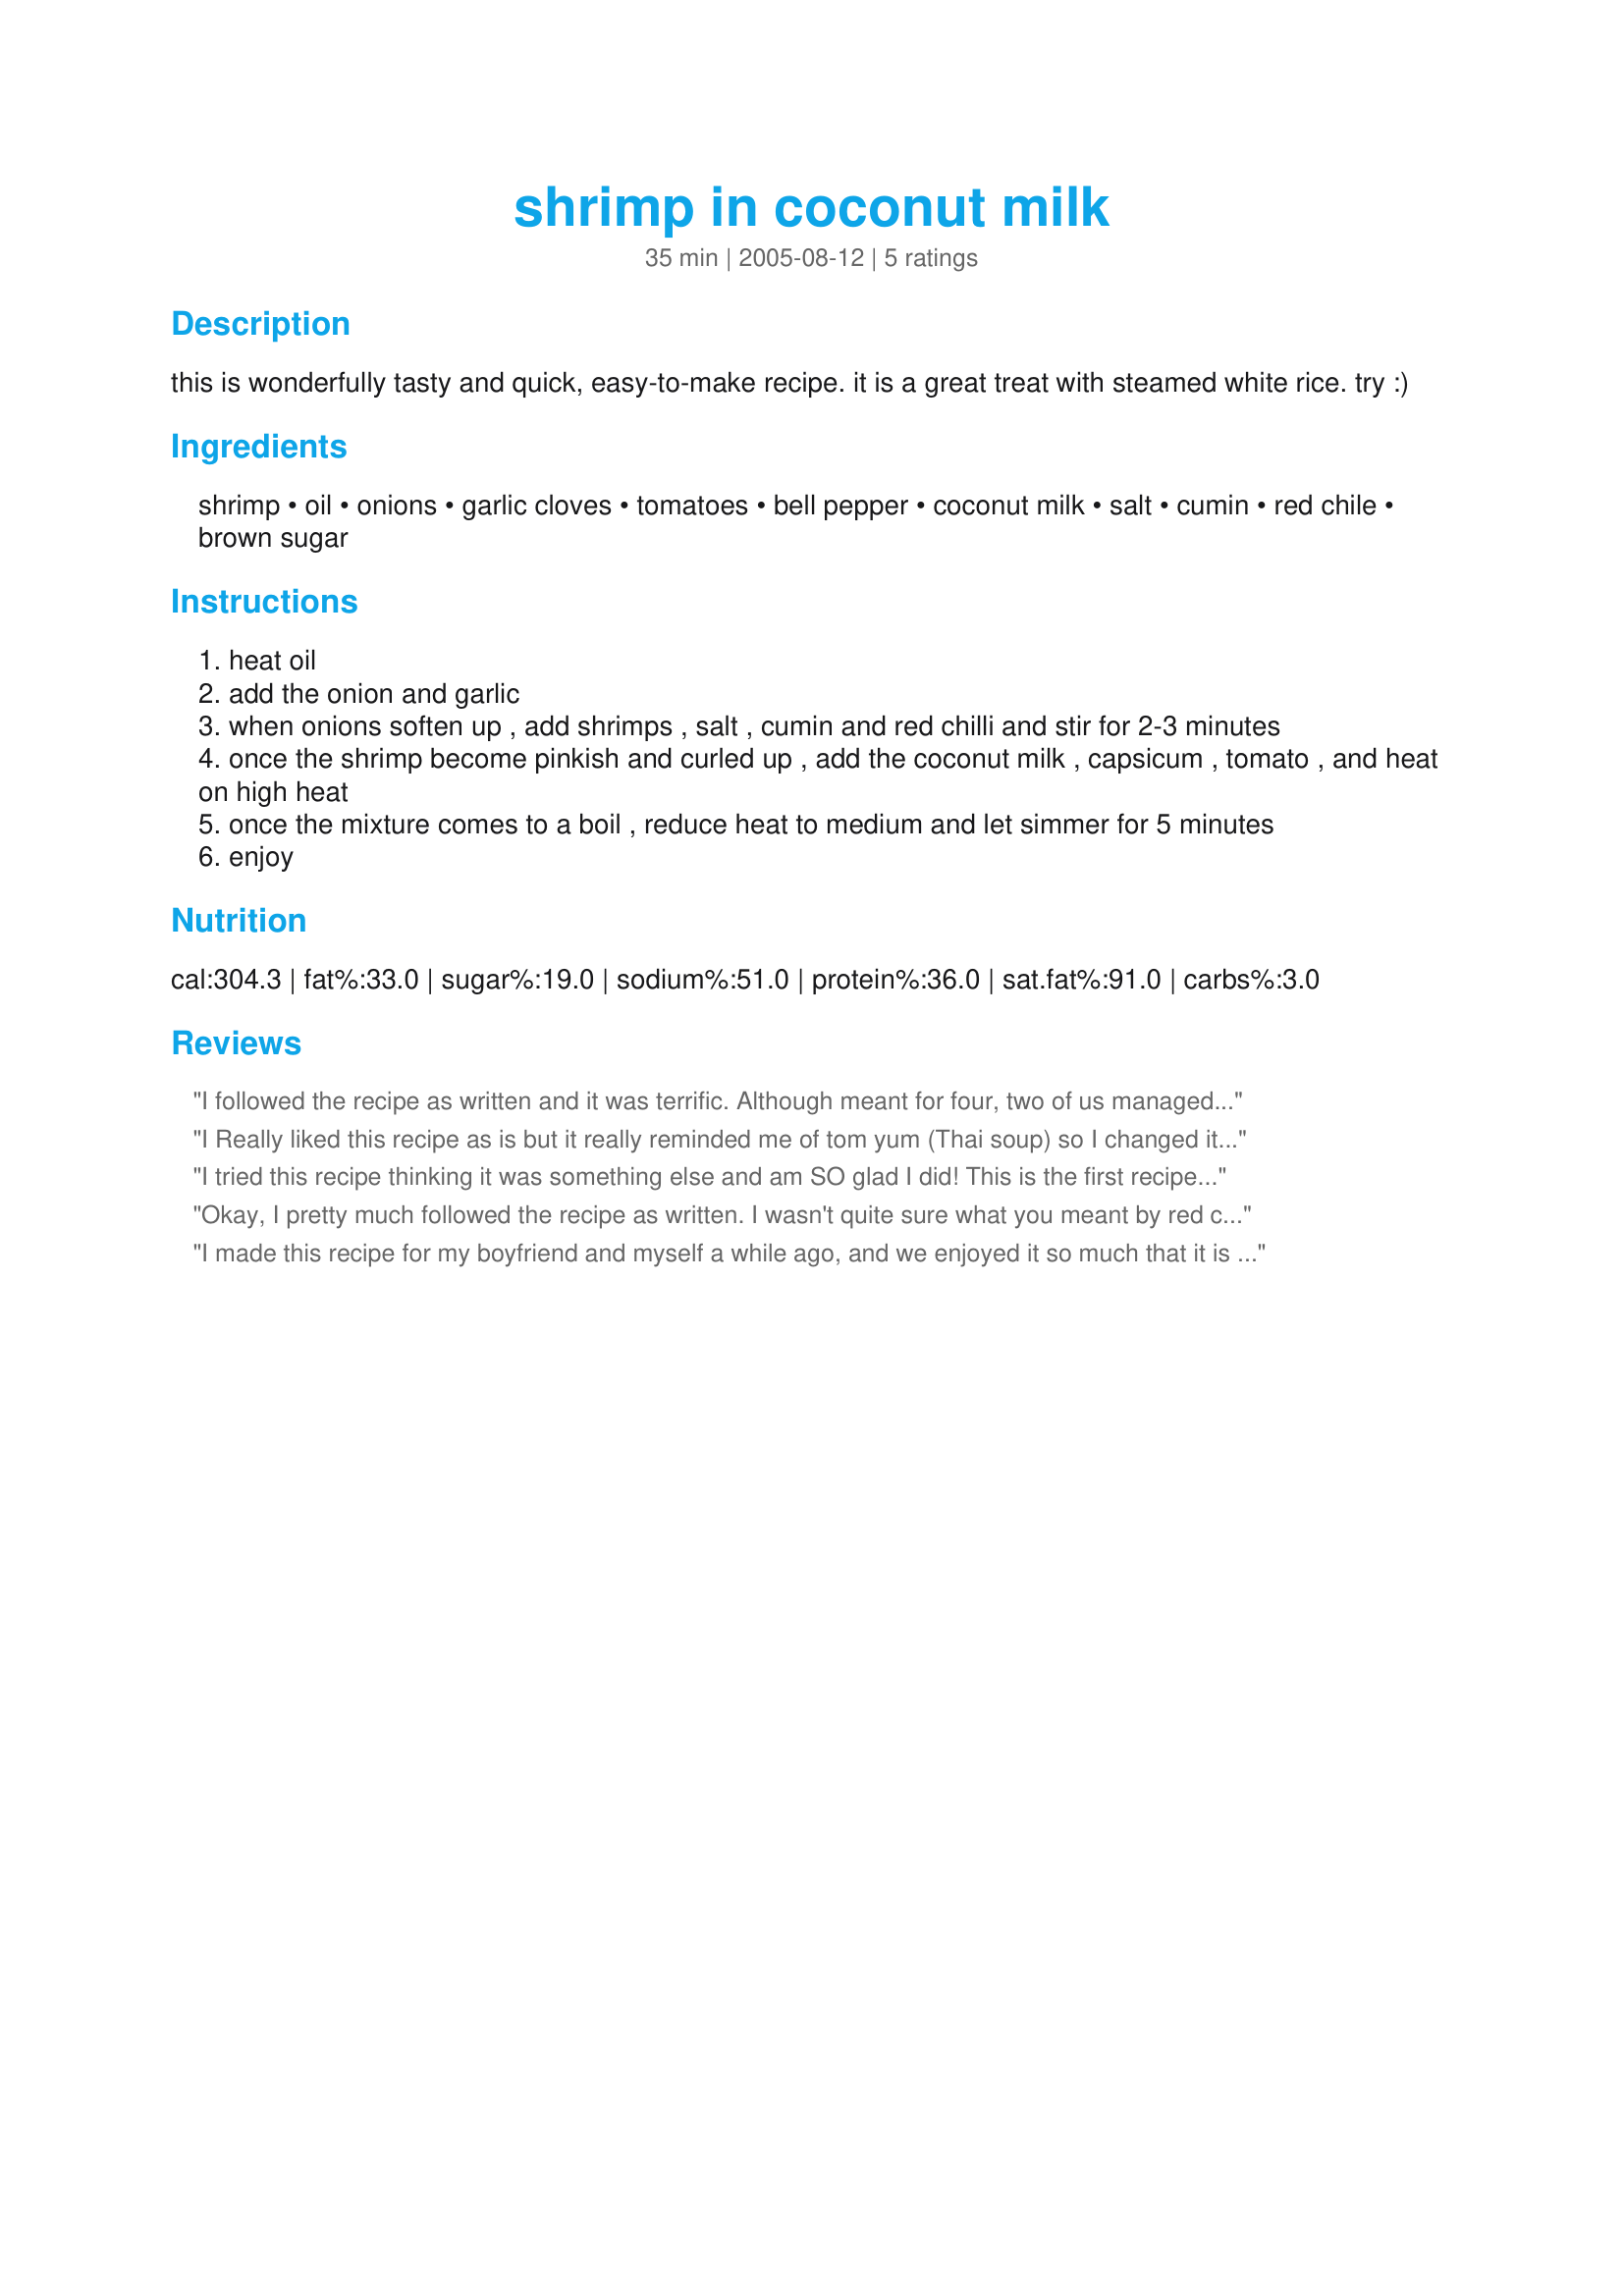
shrimp in coconut milk
Preparation time: 35 minutes

this is wonderfully tasty and quick, easy-to-make recipe. it is a great treat with steamed white rice. try :)

Ingredients:
shrimp, oil, onions, garlic cloves, tomatoes, bell pepper, coconut milk, salt, cumin, red chile, brown sugar

Steps:
heat oil
add the onion and garlic
when onions soften up , add shrimps , salt , cumin and red chilli and stir for 2-3 minutes
once the shrimp become pinkish and curled up , add the coconut milk , capsicum , tomato , and heat on high heat
once the mixture comes to a boil , reduce heat to medium and let simmer for 5 minutes
enjoy

Reviews:
I followed the recipe as written and it was terrific. Although meant for four, two of us managed to polish it off with no problem!! Thanks for sharing this one Midnightfall.
I Really liked this recipe as is but it really reminded me of tom yum (Thai soup) so I changed it a bit. Basically I just halved the onion & tomato & used 2 garlic cloves (the traditional Thai doesn't use garlic, but I love garlic & the end product is good). I added 4- 50 cent sized pieces of fresh ginger, 1 "stick" of lemon grass, 1/2 of a lime (just the juice), 4 kaffir lime leaves, 6 small mushrooms (quartered). I used yellow bell pepper for the color & just plain white sugar instead of brown. I used 1 fresh medium sized red chile pepper chopped.
I follow the directions as written and add the ginger, lemon grass, lime juice, lime leaves, mushrooms & sugar when I add the coconut milk. It turns out great! I make it at least once a week & serve with steamed white rice...Aroy mak mak (Thai for very delicious).
I tried this recipe thinking it was something else and am SO glad I did! This is the first recipe in two weeks that came out PERFECT - I wouldnt change a thing. I used 1.5 teaspoons of minced garlic instead of cloves, 1.5 cups canned diced tomatoes (didnt have any fresh), 1 green pepper, and 1/2 teaspoon of chili flakes. I forgot the brown sugar! I served with white rice and brocolli, and it was the first time my boyfriend went back for seconds - later that night, thirds! And then haha, fourths for lunch the next day! Excellent recipe!!
Okay, I pretty much followed the recipe as written. I wasn't quite sure what you meant by red chili so I used the red chili sauce in the Asian section of the grocery store. I used one red bell pepper and at least twice the amount of red chili sauce called for. In the future I would use a lot more. Also, we ended up adding quite a bit of salt to the finished product. I've been thinking that adding some fish sauce might fix that. Once we were finished with dinner, I looked through the recipe again and realized that I omitted the brown sugar. I don't know how that would have affected the finished product. I will take a certain amount of responsibility for that but it was not mentioned in the instructions which is why I forgot it. Basically, I would probably pass on this one in the future but my husband liked it enough that he wants me to tweek it till we like it. As written though, for me it was just okay. Sorry.
I made this recipe for my boyfriend and myself a while ago, and we enjoyed it so much that it is now on the list of things to make again and again. Thank you!
